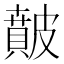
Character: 𥀢